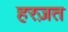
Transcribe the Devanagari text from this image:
हरज़त